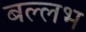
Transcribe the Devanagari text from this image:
बल्‍लभ